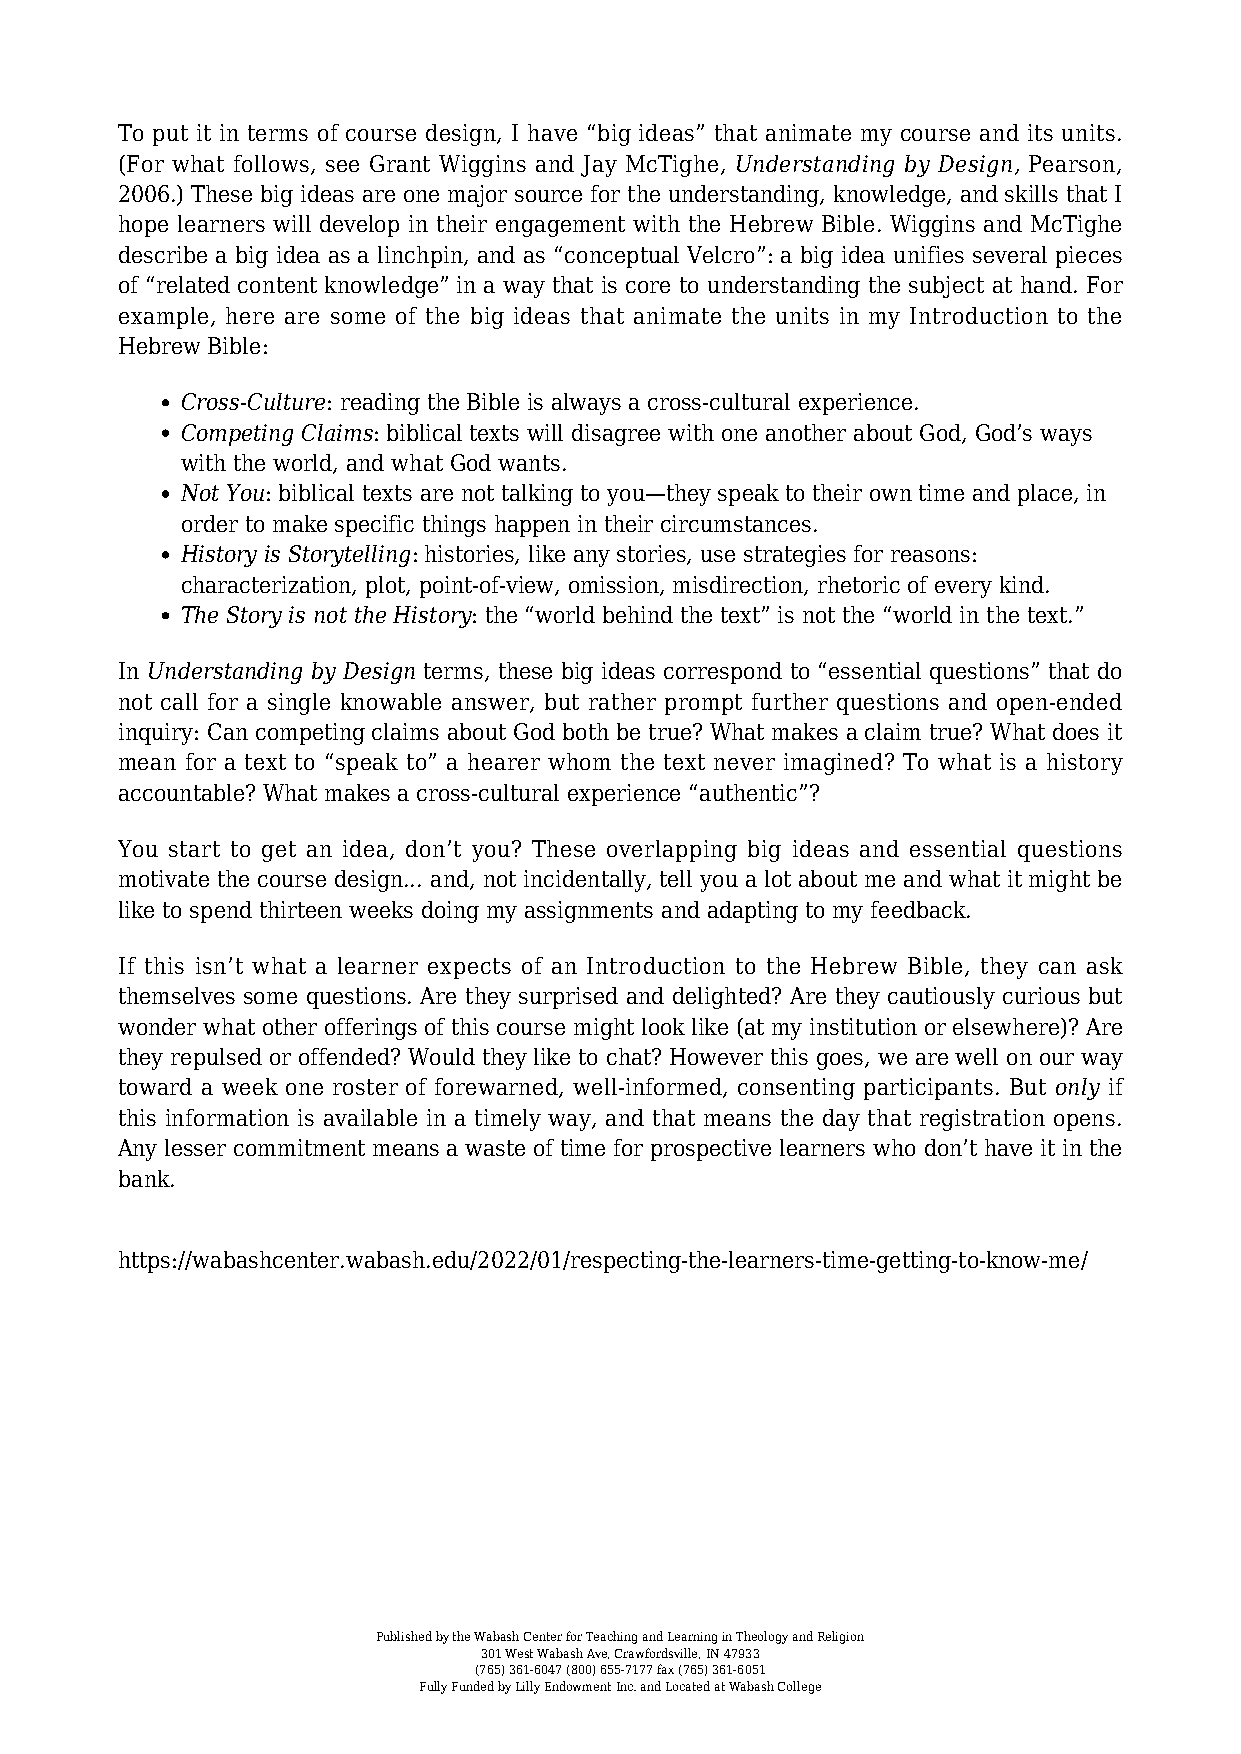
To put it in terms of course design, I have “big ideas” that animate my course and its units.
 (For what follows, see Grant Wiggins and Jay McTighe, Understanding by Design, Pearson,
 2006.) These big ideas are one major source for the understanding, knowledge, and skills that I
 hope learners will develop in their engagement with the Hebrew Bible. Wiggins and McTighe
 describe a big idea as a linchpin, and as “conceptual Velcro”: a big idea unifies several pieces
 of “related content knowledge” in a way that is core to understanding the subject at hand. For
 example, here are some of the big ideas that animate the units in my Introduction to the
 Hebrew Bible:
 Cross-Culture: reading the Bible is always a cross-cultural experience.
 Competing Claims: biblical texts will disagree with one another about God, God’s ways
 with the world, and what God wants.
 Not You: biblical texts are not talking to you—they speak to their own time and place, in
 order to make specific things happen in their circumstances.
 History is Storytelling: histories, like any stories, use strategies for reasons:
 characterization, plot, point-of-view, omission, misdirection, rhetoric of every kind.
 The Story is not the History: the “world behind the text” is not the “world in the text.”
 In Understanding by Design terms, these big ideas correspond to “essential questions” that do
 not call for a single knowable answer, but rather prompt further questions and open-ended
 inquiry: Can competing claims about God both be true? What makes a claim true? What does it
 mean for a text to “speak to” a hearer whom the text never imagined? To what is a history
 accountable? What makes a cross-cultural experience “authentic”?
 You start to get an idea, don’t you? These overlapping big ideas and essential questions
 motivate the course design... and, not incidentally, tell you a lot about me and what it might be
 like to spend thirteen weeks doing my assignments and adapting to my feedback.
 If this isn’t what a learner expects of an Introduction to the Hebrew Bible, they can ask
 themselves some questions. Are they surprised and delighted? Are they cautiously curious but
 wonder what other offerings of this course might look like (at my institution or elsewhere)? Are
 they repulsed or offended? Would they like to chat? However this goes, we are well on our way
 toward a week one roster of forewarned, well-informed, consenting participants. But only if
 this information is available in a timely way, and that means the day that registration opens.
 Any lesser commitment means a waste of time for prospective learners who don’t have it in the
 bank.
 https://wabashcenter.wabash.edu/2022/01/respecting-the-learners-time-getting-to-know-me/
 Published by the Wabash Center for Teaching and Learning in Theology and Religion
 301 West Wabash Ave, Crawfordsville, IN 47933
 (765) 361-6047 (800) 655-7177 fax (765) 361-6051
 Fully Funded by Lilly Endowment Inc. and Located at Wabash College